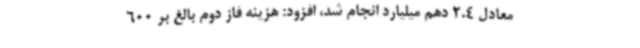
معادل 2.4 دهم میلیارد انجام شد، افزود: هزینه فاز دوم بالغ بر 600